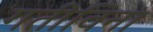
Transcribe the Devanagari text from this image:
गतीविना